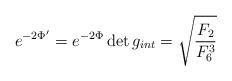
LaTeX: \begin{align*}e^{-2\Phi^\prime} = {e^{-2\Phi} \det g_{int}} = \sqrt{{F_2 \over F_6^3}}\end{align*}